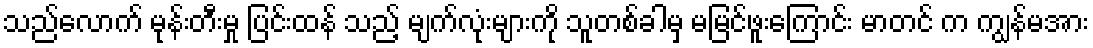
သည်လောက် မုန်းတီးမှု ပြင်းထန် သည့် မျက်လုံးများကို သူတစ်ခါမှ မမြင်ဖူးကြောင်း မာတင် က ကျွန်မအား